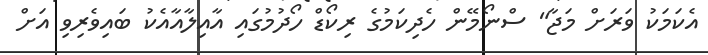
އެކަމަކު ވަރަށް މަޖާ" ސްނޯމޭން ހެދިކަމުގެ ރިކޯޑް ހޯދުމުގައި އާއިލާއާއެކު ބައިވެރިވި އަށް